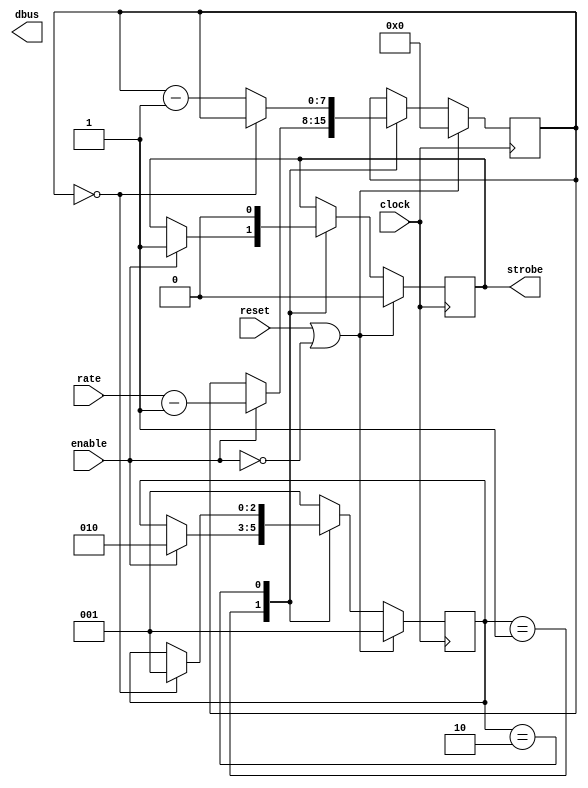
//state machine based strobe implementation

module strobe_gen
( input clock,
   input reset,
   input enable,
   input [7:0] rate, // Rate should be 1 LESS THAN your desired divide ratio
   output reg strobe,
   output [15:0] dbus
);

reg [7:0] counter;

parameter LOAD  = 2'b01,
   COUNT = 2'b10;

reg [2:0] state;


/* -----\/----- EXCLUDED -----\/-----
reg 	     sync;
   always @(posedge clock)
      sync <= enable ? 1'b1 : 1'b0;
   -----/\----- EXCLUDED -----/\----- */

  always @(posedge clock)
  begin
     if(reset || ~enable)
     begin
        state  <= #1 LOAD;
        strobe <= 1'b0;
        counter<= 8'd0;
     end
     else
     begin
        case (state)
           LOAD:
              if(enable)
              begin
                 counter<= rate-8'd1;
                 strobe <= 1'b1;
                 state  <= COUNT;
              end
              COUNT:
              begin
                 strobe <= 1'b0;
                 if(counter==8'd0)
                    state <= LOAD;
                 else
                    counter <= counter - 8'd1;
              end
              default:
                 state <= LOAD;
           endcase // casestate
        end // else: !if(reset || ~enable)
     end

     //assign dbus = {
        //2'b0,
        //clock,
        //reset,
        //enable,
        //strobe,
        //counter
        //};


        endmodule // strobe_gen